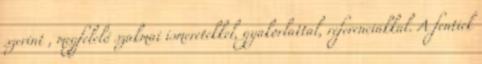
szerint , megfelelő szakmai ismeretekkel, gyakorlattal, referenciákkal. A fentiek